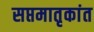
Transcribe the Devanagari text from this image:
सप्तमातृकांत